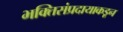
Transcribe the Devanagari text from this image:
भक्तिसंप्रदायाकडून